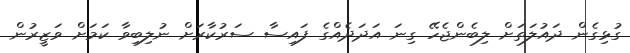
ގުޅިގެން ދައުލަތަށް ލިބެންޖެހޭ ގިނަ އަދަދެއްގެ ފައިސާ ސަރުކާރަށް ނުލިބިވާ ކަމަށް ވަޒީރުން